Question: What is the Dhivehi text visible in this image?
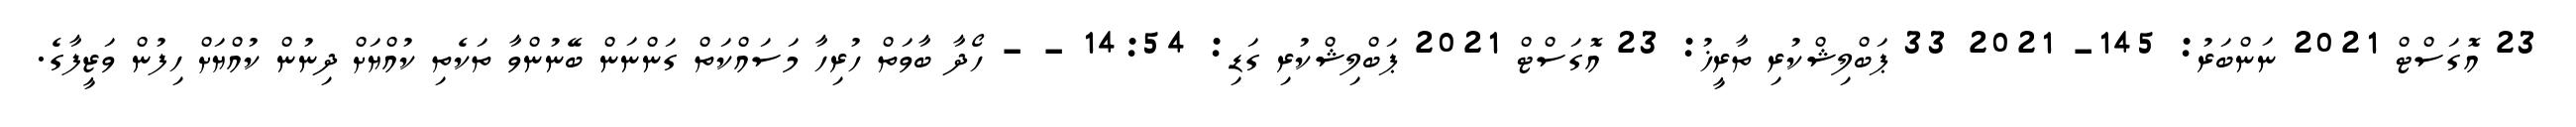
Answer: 23 އޮގަސްޓް 2021 ނަންބަރު: 145- 2021 33 ޕަބްލިޝްކުރި ތާރީޚު: 23 އޮގަސްޓް 2021 ޕަބްލިޝްކުރި ގަޑި: 14:54 - - ހޯދާ ބާވަތް ހުރިހާ މަސައްކަތް ގަންނަން ބޭނުންވާ ތަކެތި ކުއްޔަށް ދިނުން ކުއްޔަށް ހިފުން ވަޒީފާގެ.